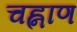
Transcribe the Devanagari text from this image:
चह्नाण